Report on the lunatic asylums under the Government of Bombay - 1904-1913
Year: 1904
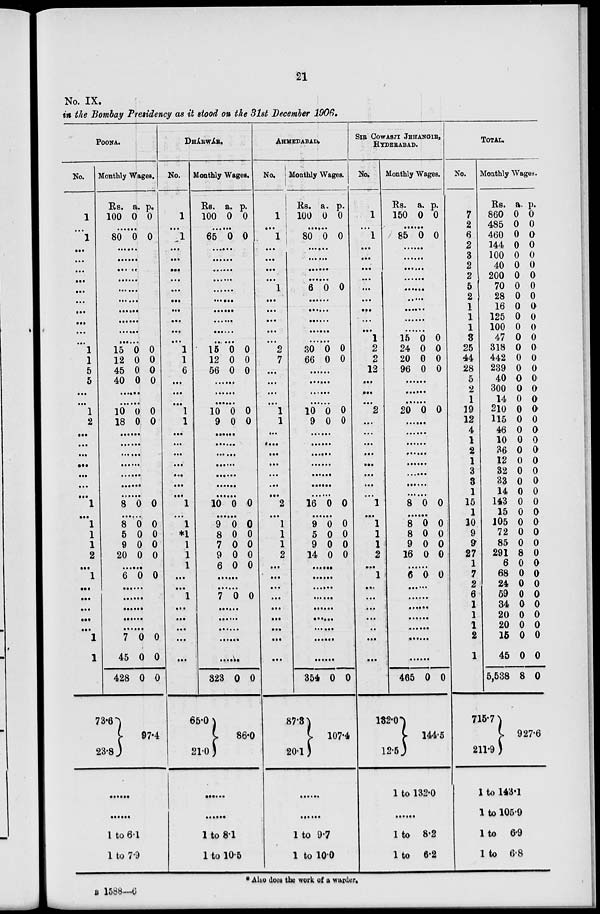
21
No. IX.
in the Bombay Presidency as it stood on the 31st December 1906.
POONA.
No.
1
...
1
...
...
...
...
...
...
...
...
...
...
1
1
5
5
...
...
1
2
...
...
...
...
...
...
...
1
...
1
1
1
2
...
1
...
...
...
...
...
1
1
Monthly Wages.
Rs.
100
a.
0
p.
0
......
80 0 0
......
......
......
......
......
......
......
......
......
......
15
12
45
40
0
0
0
0
0
0
0
0
......
......
10
18
0
0
0
0
......
......
......
......
......
......
......
8 0 0
......
8
5
9
20
0
0
0
0
0
0
0
0
......
6 0 0
......
......
......
......
......
7
45
428
73.6
23.8
0
0
0
0
0
0
97.4
......
......
1 to 6.1
1 to 7.9
DHÁRWÁR.
No.
1
...
1
...
...
...
...
...
...
...
...
...
...
1
1
6
...
...
...
1
1
...
...
...
...
...
...
...
1
...
1
*1
1
1
1
...
...
1
...
...
...
...
...
Monthly Wages.
Rs.
100
a.
0
p.
0
......
65 0 0
......
......
......
......
......
......
......
......
......
......
15
12
56
0
0
0
0
0
0
......
......
......
10
9
0
0
0
0
......
......
......
......
......
......
......
10 0 0
......
9
8
7
9
6
0
0
0
0
0
0
0
0
0
0
......
......
7 0 0
......
......
......
......
......
323
65.0
21.0
0 0
86.0
......
......
1 to 8.1
1 to 10.5
AHMEDABAD.
No.
Monthly Wages.
Rs.
100
...
1
...
...
...
...
1
...
...
...
...
...
2
7
...
...
...
...
1
1
...
...
...
...
...
...
...
2
...
1
1
1
2
...
...
...
...
...
...
...
...
...
a.
0
p.
0
......
80 0 0
......
......
......
......
6 0 0
......
......
......
......
......
30
66
0
0
0
0
......
......
......
......
10
9
0
0
0
0
......
......
......
......
......
......
......
16 0 0
......
9
5
9
14
0
0
0
0
0
0
0
0
......
......
......
......
......
......
......
......
......
354
87.3
20.1
0 0
107.4
......
......
1 to 9.7
1 to 10.0
SIR COWASJI JEHANGIR,
HYDERABAD.
No.
1
...
1
...
...
...
...
...
...
...
...
...
1
2
2
12
...
...
...
2
...
...
...
...
...
...
...
...
1
...
1
1
1
2
...
1
...
...
...
...
...
...
...
Monthly Wages.
Rs.
150
a.
0
p.
0
......
85 0 0
......
......
......
......
......
......
......
......
......
15
24
20
96
0
0
0
0
0
0
0
0
......
......
20 0 0
......
......
......
......
......
......
......
......
8 0 0
......
8
8
9
16
0
0
0
0
0
0
0
0
......
6 0 0
......
......
......
......
......
......
......
465
132.0
12.5
0 0
144.5
1 to 132.0
......
1 to 8.2
1 to 6.2
TOTAL.
No.
7
2
6
2
3
2
2
5
2
1
1
1
3
25
44
28
5
2
1
19
12
4
1
2
1
3
3
1
15
1
10
9
9
27
1
7
2
6
1
1
1
2
1
Monthly Wages.
Rs.
860
485
460
144
100
40
200
70
28
16
125
100
47
318
442
239
40
300
14
210
115
46
10
36
12
32
33
14
143
15
105
72
85
291
6
68
24
59
34
20
20
15
45
5,538
715.7
211.9
a.
0
0
0
0
0
0
0
0
0
0
0
0
0
0
0
0
0
0
0
0
0
0
0
0
0
0
0
0
0
0
0
0
0
8
0
0
0
0
0
0
0
0
0
8
p.
0
0
0
0
0
0
0
0
0
0
0
0
0
0
0
0
0
0
0
0
0
0
0
0
0
0
0
0
0
0
0
0
0
0
0
0
0
0
0
0
0
0
0
0
927.6
1 to 143.1
1 to 105.9
1 to 6.9
1 to 6.8
* Also does the work of a warder.
B 1588—6